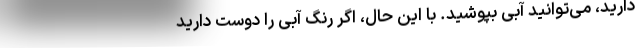
دارید، می‌توانید آبی بپوشید. با این حال، اگر رنگ آبی را دوست دارید